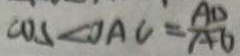
C O S \angle O A C = \frac { A D } { A O }